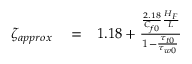
\begin{array} { r l r } { \zeta _ { a p p r o x } } & { { } = } & { 1 . 1 8 + \frac { \frac { 2 . 1 8 } { C _ { f 0 } } \frac { H _ { F } } { L } } { 1 - \frac { \tau _ { t 0 } } { \tau _ { w 0 } } } } \end{array}